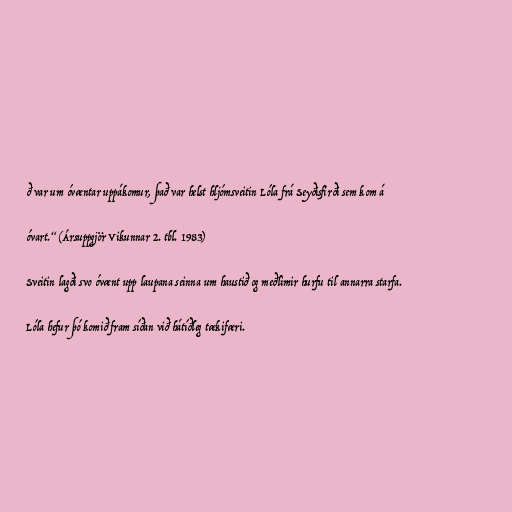
ð var um óvæntar uppákomur, það var helst hljómsveitin Lóla frá Seyðisfirði sem kom á

óvart.“ (Ársuppgjör Vikunnar 2. tbl. 1983)

Sveitin lagði svo óvænt upp laupana seinna um haustið og meðlimir hurfu til annarra starfa.

Lóla hefur þó komið fram síðan við hátíðleg tækifæri.